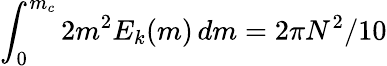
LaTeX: \int_{0}^{m_{c}}2m^{2}E_{k}(m)\, dm=2\pi N^{2}/10